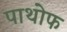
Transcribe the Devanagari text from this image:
पाथोफ